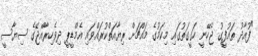
"ފުއާދު ތައުފީގު ޖެހޭނީ ހަގީގަތުގައި މިކަމުގެ މައްޗަށް ރިޔާއަތްކުރައްވައި އެމްޑީޕީ ދިވެހިރާއްޖޭގެ ސިޔާސީ